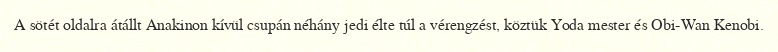
A sötét oldalra átállt Anakinon kívül csupán néhány jedi élte túl a vérengzést, köztük Yoda mester és Obi-Wan Kenobi.